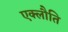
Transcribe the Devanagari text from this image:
एक्लौति